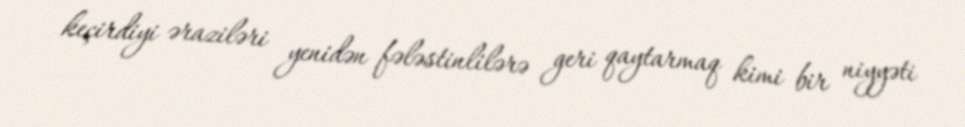
keçirdiyi əraziləri yenidən fələstinlilərə geri qaytarmaq kimi bir niyyəti